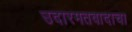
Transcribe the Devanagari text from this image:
उदारमतवादाचा